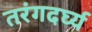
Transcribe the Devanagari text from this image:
तरंगदर्घ्य